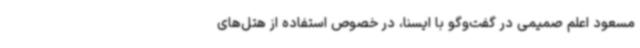
مسعود اعلم صمیمی در گفت‌وگو با ایسنا، در خصوص استفاده از هتل‌های